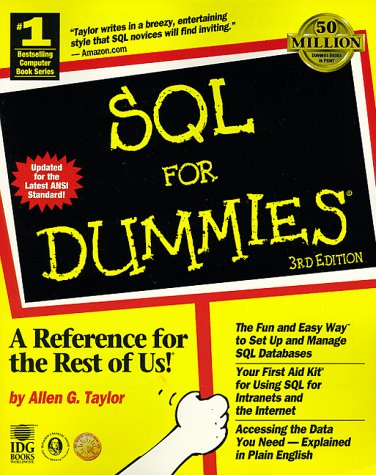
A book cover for SQL For Dummies; Allen G. Taylor; Computers & Technology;